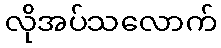
လိုအပ်သလောက်